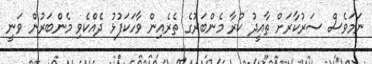
ނަމަވެސް ސަރުކާރަށް ތާއީދު ކުރާ މެންބަރުގެ ތެރެއިން ވާހަކަފުޅު ދެއްކެވި މެންބަރުން ވަނީ